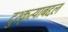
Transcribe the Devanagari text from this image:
दुश्कृत्याबद्दल